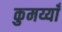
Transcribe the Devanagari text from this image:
कुमय्याँ